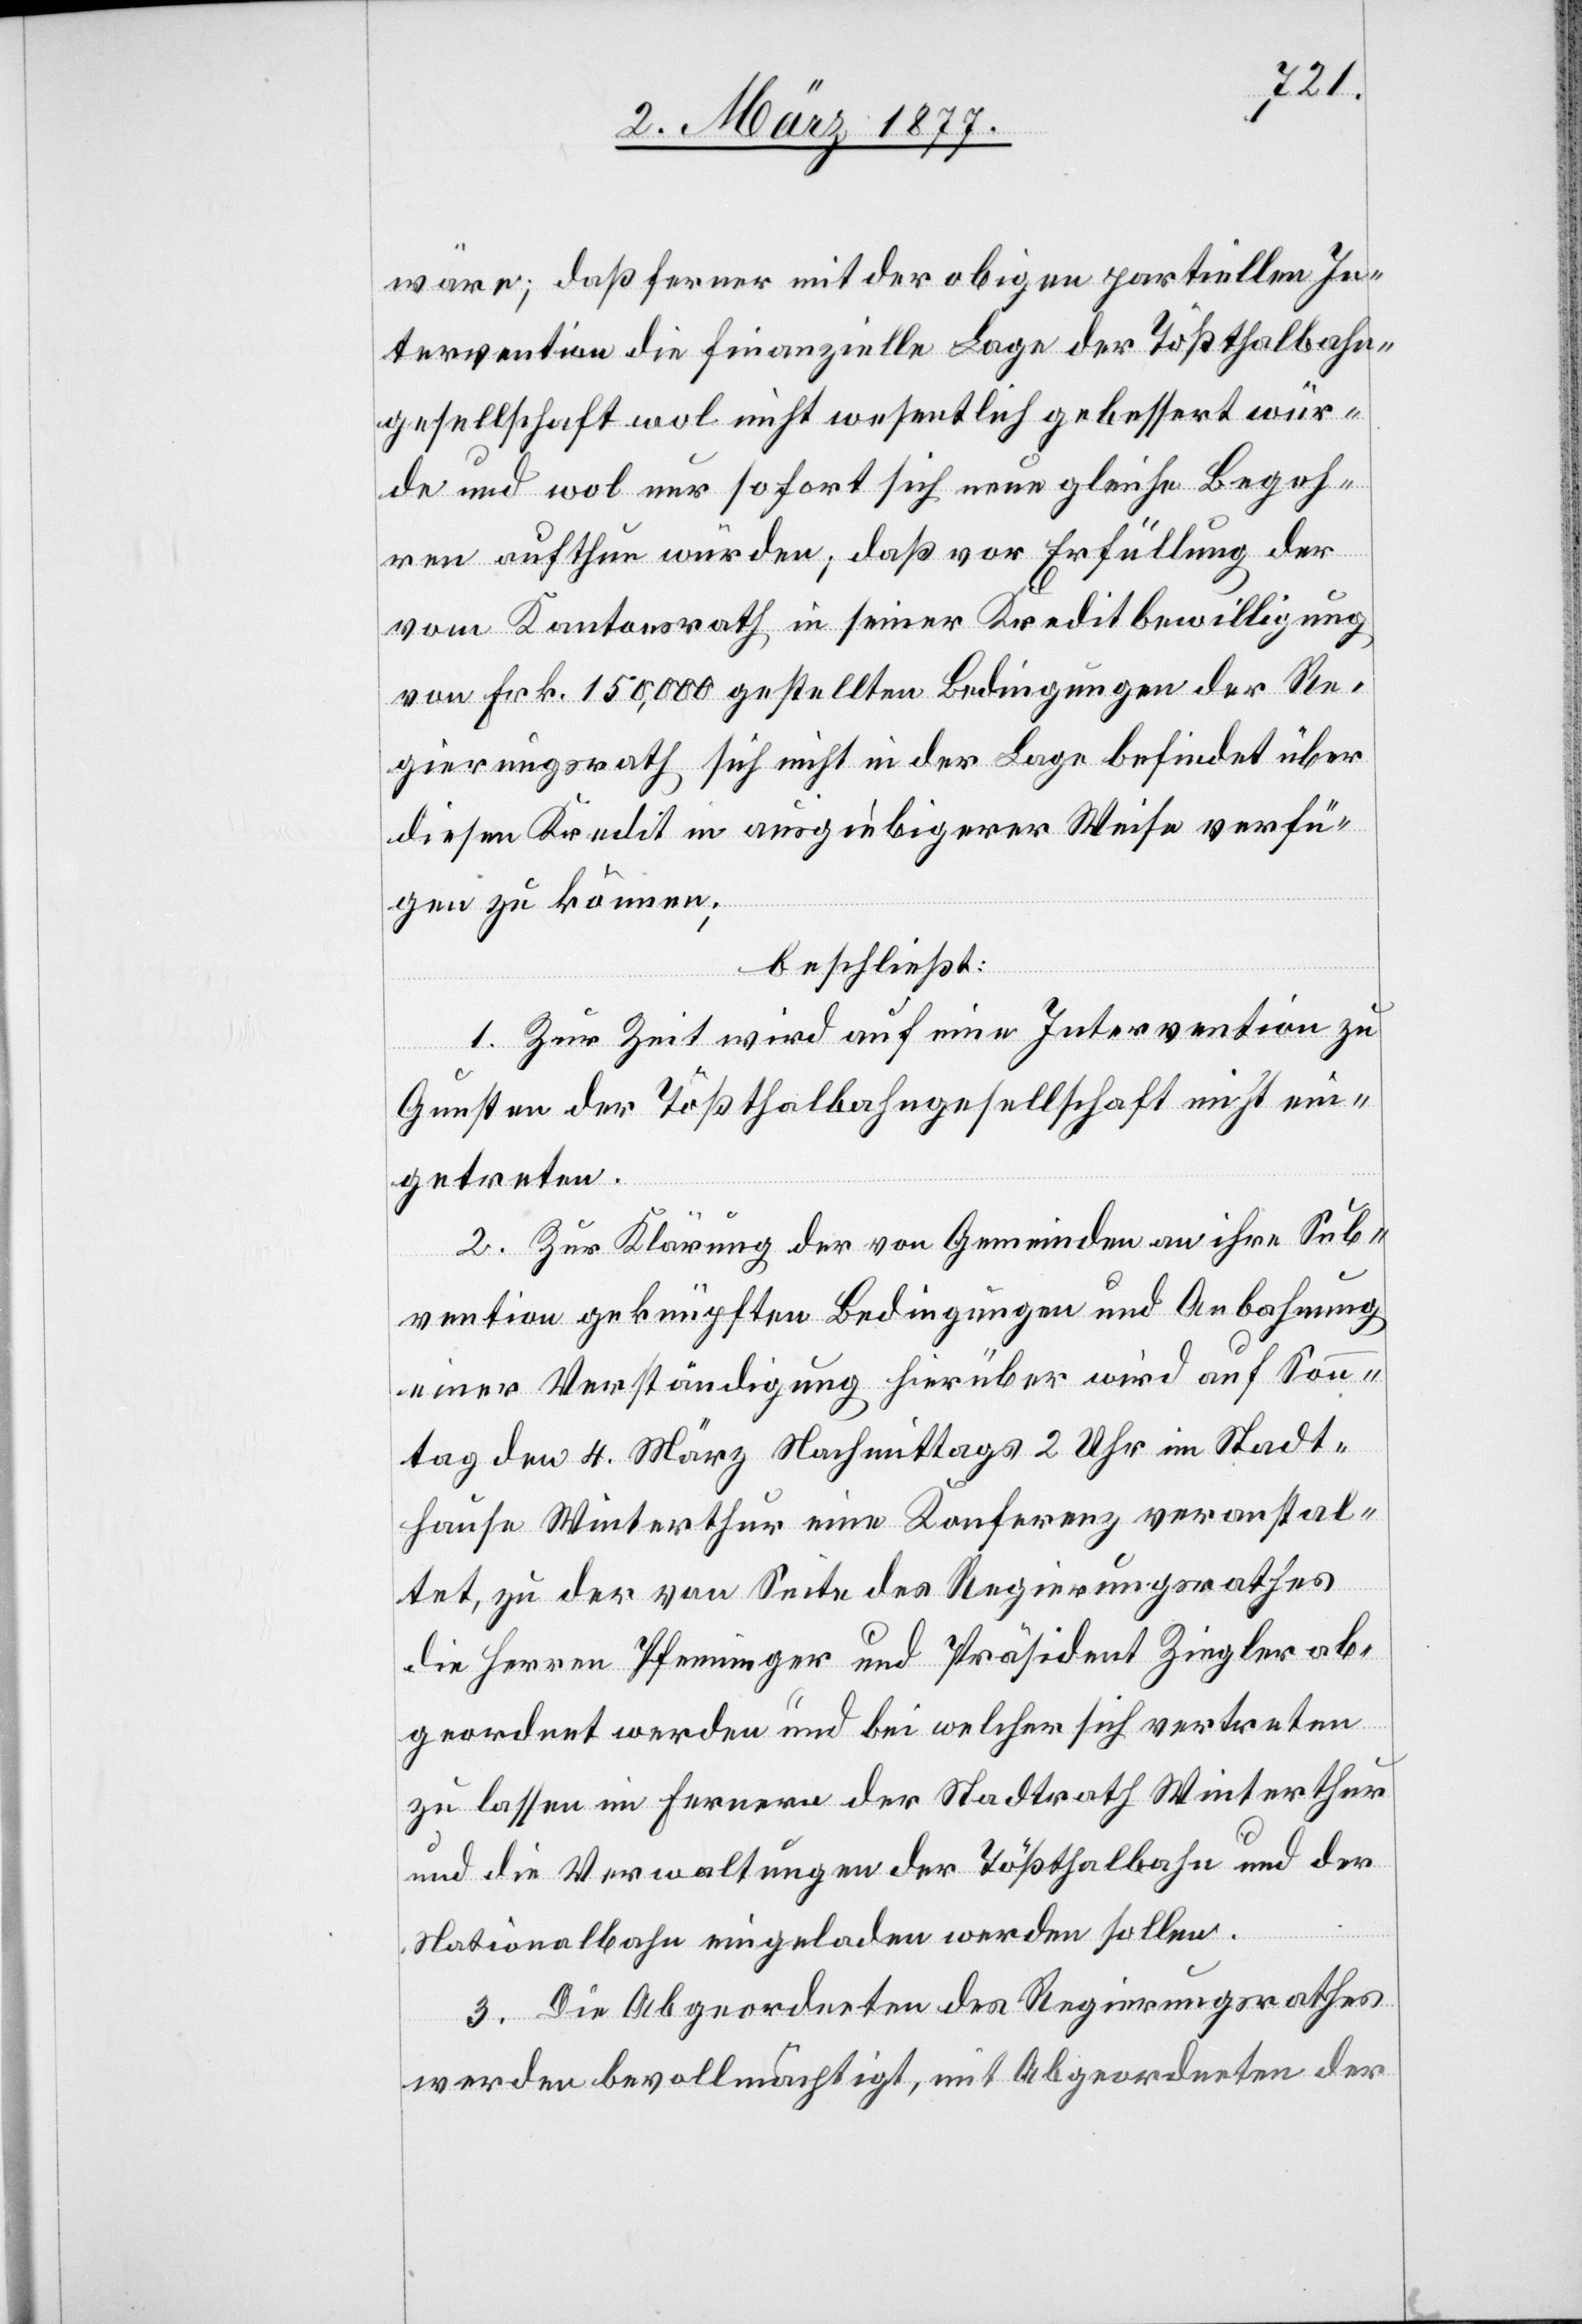
wäre; daß ferner mit der obigen partiellen In¬
tervention die finanzielle Lage der Tößthalbahn¬
gesellschaft wol nicht wesentlich gebessert wür¬
de und wol nur sofort sich neue gleiche Begeh¬
ren aufthun würden; daß vor Erfüllung der
vom Kantonsrath in seiner Kreditbewilligung
von Frk. 150,000 gestellten Bedingungen der Re¬
gierungsrath sich nicht in der Lage befindet über
diesen Kredit in ausgiebiger Weise verfü¬
gen zu können;
beschließt:
1. Zur Zeit wird auf eine Intervention zu
Gunsten der Tößthalbahngesellschaft nicht ein¬
getreten.
2. Zur Klärung der von Gemeinden an ihre Sub¬
vention geknüpften Bedingungen und Anbahnung
einer Verständigung hierüber wird auf Son¬
ntag den 4. März Nachmittags 2 Uhr im Stadt¬
hause Winterthur eine Konferenz veranstal¬
tet, zu der von Seite des Regierungsrathes
die Herren Pfenninger und Präsident Ziegler ab¬
geordnet werden und bei welcher sich vertreten
zu lassen im Fernern der Stadtrath Winterthur
und die Verwaltungen der Tößthalbahn und der
Nationalbahn eingeladen werden sollen.
3. Die Abgeordneten des Regierungsrathes
werden bevollmächtigt, mit Abgeordneten der